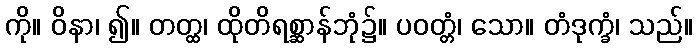
ကို။ ဝိနာ၊ ၍။ တတ္ထ၊ ထိုတိရစ္ဆာန်ဘုံ၌။ ပဝတ္တံ၊ သော။ တံဒုက္ခံ၊ သည်။